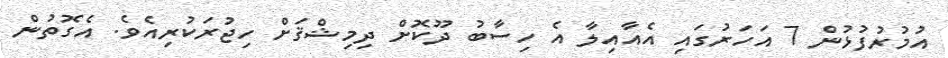
އުމުރުފުޅުން 7 އަހަރުގައި އެއާއިލާ އެ ހިސާބު ދޫކޮށް ދިމިޝްޤަށް ހިޖުރަކުރިއެވެ. އެގޮތުން